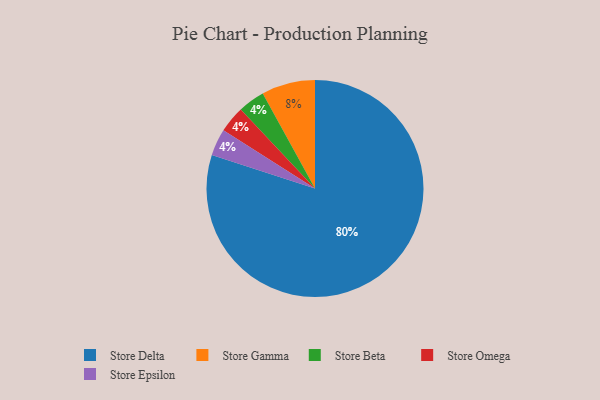
{"axis": {"x": "Category", "y": "Percentage"}, "legend": ["Store Beta", "Store Delta", "Store Epsilon", "Store Gamma", "Store Omega"], "data": [{"x": "Store Beta", "y": 4, "type": "Store Beta"}, {"x": "Store Omega", "y": 4, "type": "Store Omega"}, {"x": "Store Epsilon", "y": 4, "type": "Store Epsilon"}, {"x": "Store Delta", "y": 80, "type": "Store Delta"}, {"x": "Store Gamma", "y": 8, "type": "Store Gamma"}]}